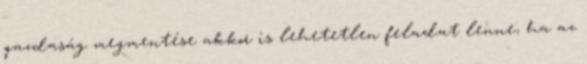
gazdaság megmentése akkor is lehetetlen feladat lenne, ha az